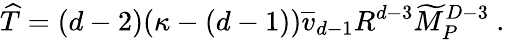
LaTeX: {\widehat T}=(d-2)(\kappa-(d-1)){\overline{{v}}}_{d-1}R^{d-3}{\widetilde M}_{P}^{D-3}~.